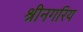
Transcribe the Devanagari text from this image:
श्रीनगरिय